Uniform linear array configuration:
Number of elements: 32
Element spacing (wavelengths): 0.75
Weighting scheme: binomial
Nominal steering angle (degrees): -15
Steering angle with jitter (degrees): -13.769
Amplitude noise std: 0.05
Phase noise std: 0.05

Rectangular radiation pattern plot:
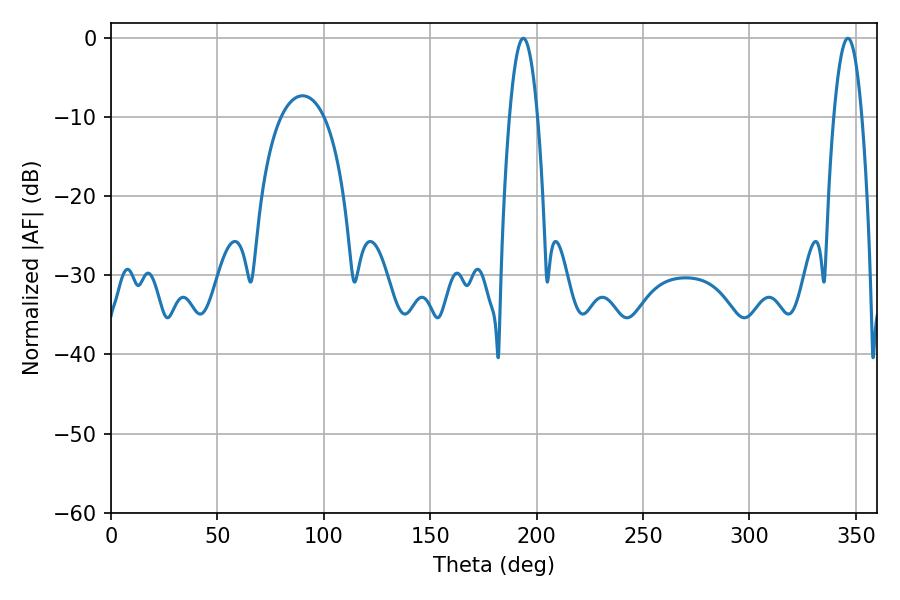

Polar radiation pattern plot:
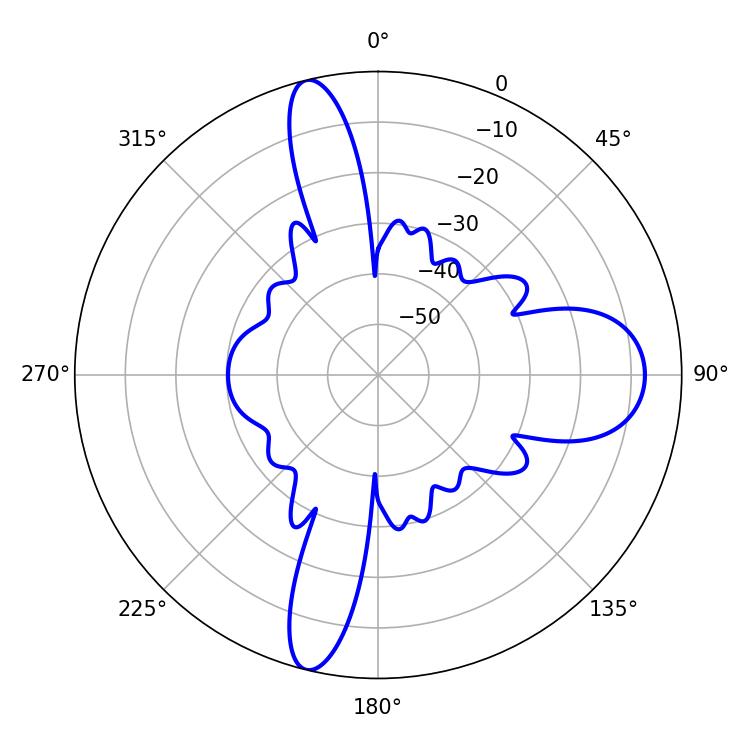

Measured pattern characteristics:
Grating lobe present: TRUE
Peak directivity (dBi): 25.614
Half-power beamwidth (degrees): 7.02
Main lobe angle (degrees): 193.68